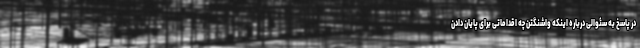
در پاسخ به سئوالی درباره اینکه واشنگتن چه اقداماتی برای پایان دادن